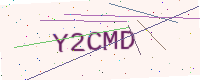
Text: Y2CMD